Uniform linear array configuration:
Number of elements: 64
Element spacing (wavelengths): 1
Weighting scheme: uniform
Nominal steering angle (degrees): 60
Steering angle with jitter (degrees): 59.247
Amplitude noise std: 0.05
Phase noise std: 0.05

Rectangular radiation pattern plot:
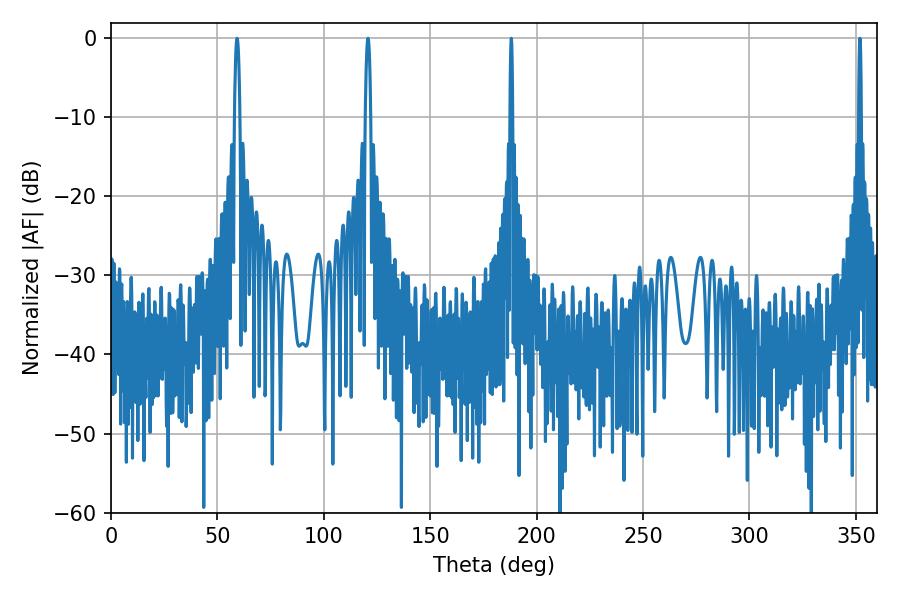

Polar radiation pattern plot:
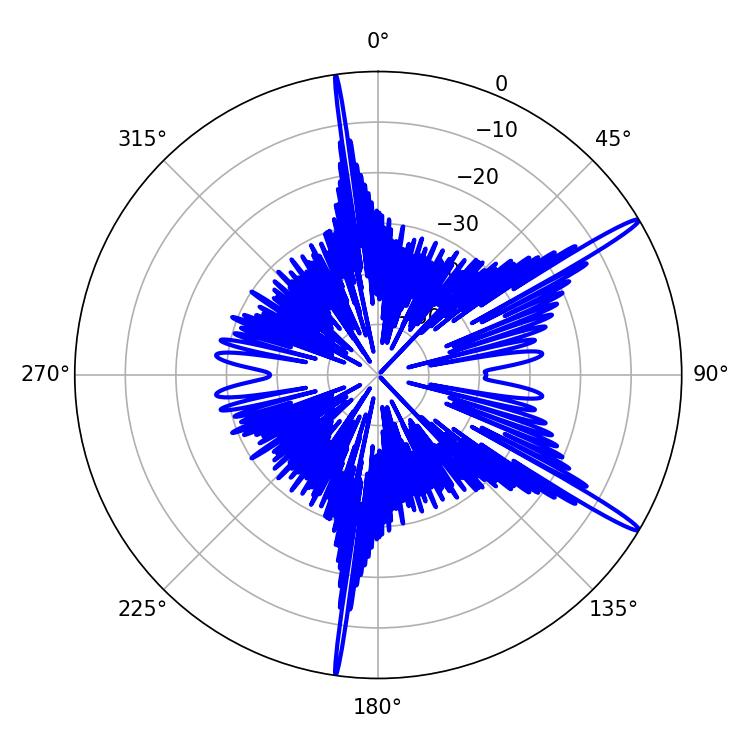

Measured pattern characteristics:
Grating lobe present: TRUE
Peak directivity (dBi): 16.238
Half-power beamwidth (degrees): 1.44
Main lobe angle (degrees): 59.22